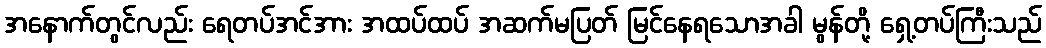
အနောက်တွင်လည်း ရေတပ်အင်အား အထပ်ထပ် အဆက်မပြတ် မြင်နေရသောအခါ မွန်တို့ ရှေ့တပ်ကြီးသည်